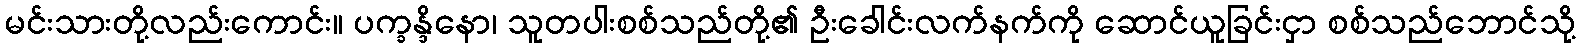
မင်းသားတို့လည်းကောင်း။ ပက္ခန္ဒိနော၊ သူတပါးစစ်သည်တို့၏ ဦးခေါင်းလက်နက်ကို ဆောင်ယူခြင်းငှာ စစ်သည်ဘောင်သို့